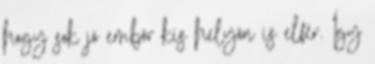
hogy sok jó embör kis helyön is elfér. Így